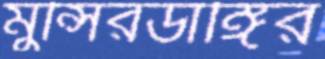
মুন্সিরডাঙ্গির